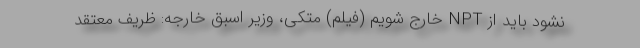
نشود باید از NPT خارج شویم (فیلم) متکی، وزیر اسبق خارجه: ظریف معتقد